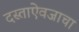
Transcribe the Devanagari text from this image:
दस्ताऐवजाचा